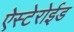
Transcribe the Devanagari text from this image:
ऐस्टेरोईड